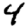
Digit: 4